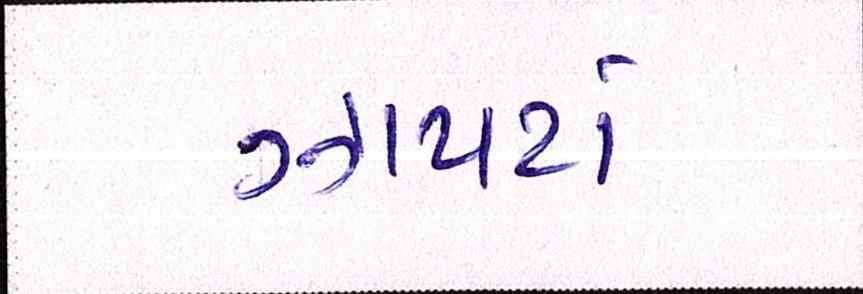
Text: ઝાપટાં